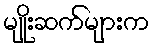
မျိုးဆက်များက